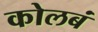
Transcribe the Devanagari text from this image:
कोलबं